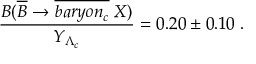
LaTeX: \frac { B ( \overline { { B } } \rightarrow \overline { { { b a r y o n _ { c } } } } \; X ) } { Y _ { \Lambda _ { c } } } = 0 . 2 0 \pm 0 . 1 0 \; .